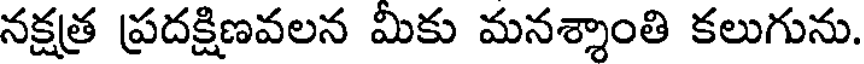
నక్షత్ర ప్రదక్షిణవలన మికు మనశ్శాంతి కలుగును.